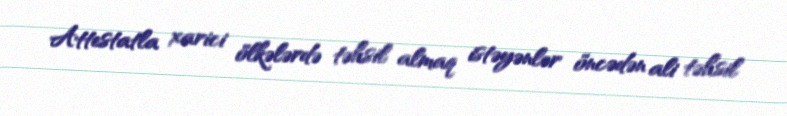
Attestatla xarici ölkələrdə təhsil almaq istəyənlər öncədən ali təhsil